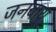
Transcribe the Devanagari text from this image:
जनवायु